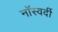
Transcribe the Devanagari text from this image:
नॉस्वर्दी